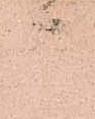
而